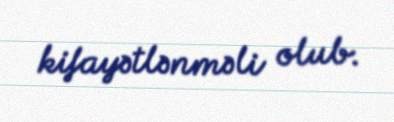
kifayətlənməli olub.